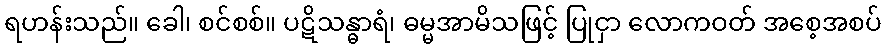
ရဟန်းသည်။ ခေါ၊ စင်စစ်။ ပဋိသန္ဓာရံ၊ ဓမ္မအာမိသဖြင့် ပြုငှာ လောကဝတ် အစေ့အစပ်